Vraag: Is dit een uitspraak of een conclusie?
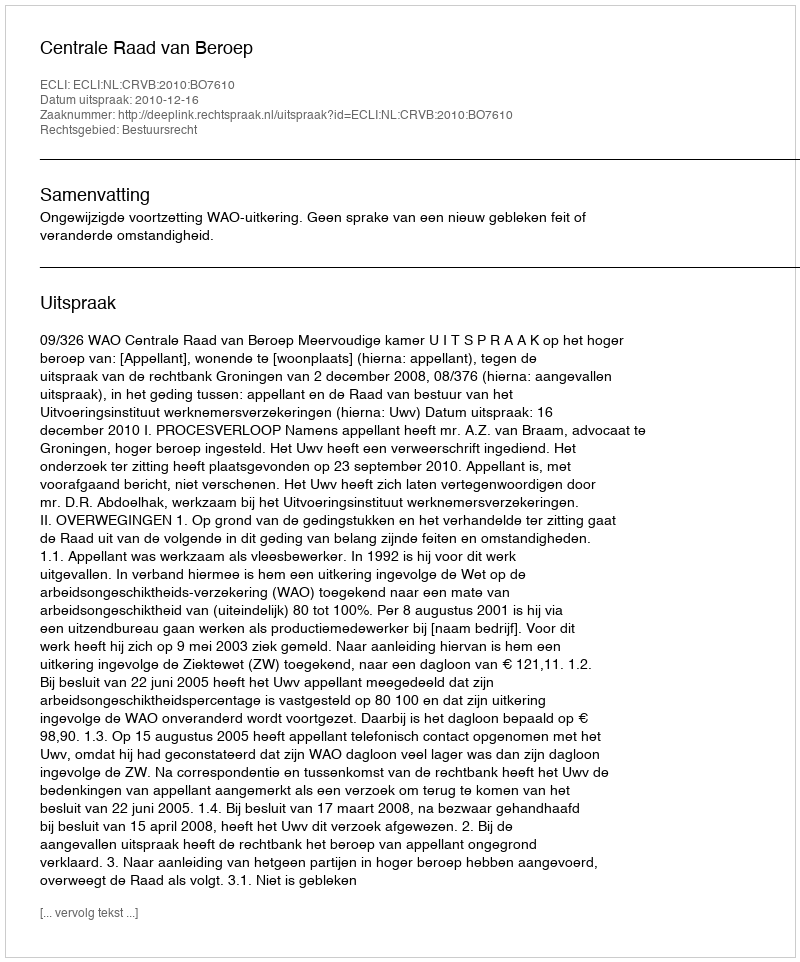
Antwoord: Uitspraak